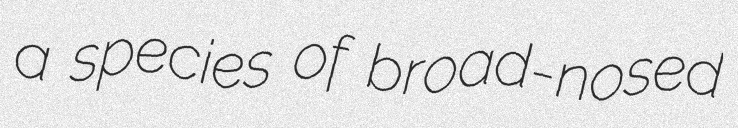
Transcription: a species of broad-nosed